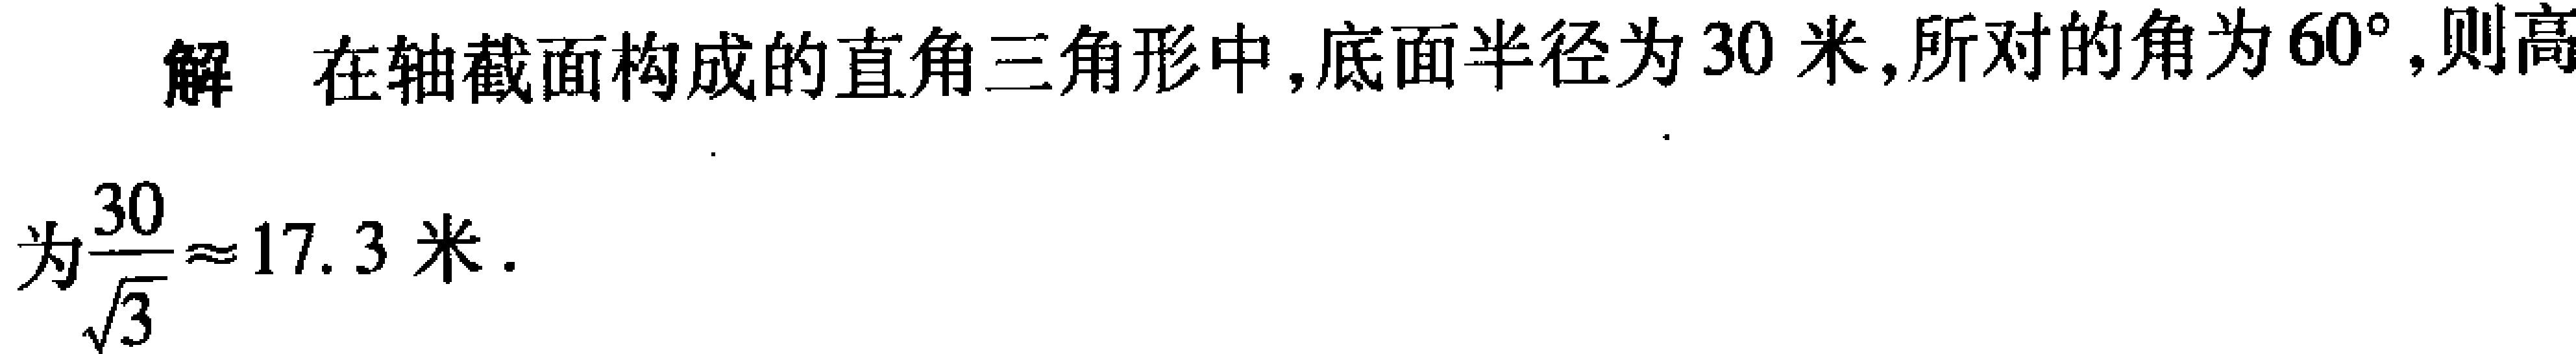
解 在轴截面构成的直角三角形中,底面半径为\(30\)米,所对的角为\(60^{\circ}\),则高
为\(\frac{30}{\sqrt{3}}\approx 17.3\)米.